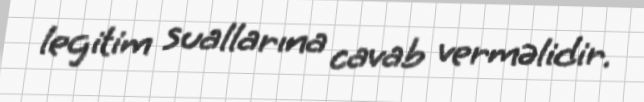
legitim suallarına cavab verməlidir.